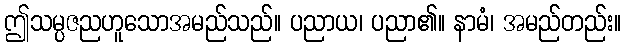
ဤသမ္ပဇညဟူသောအမည်သည်။ ပညာယ၊ ပညာ၏။ နာမံ၊ အမည်တည်း။